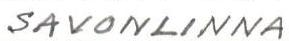
SAVONLINNA